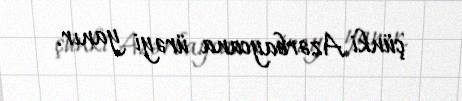
çünki Azərbaycana ürəyi yanır.